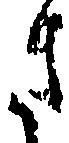
さ